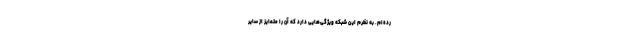
رده‌ام. به نظرم این شبکه ویژگی‌هایی دارد که آن را متمایز از سایر